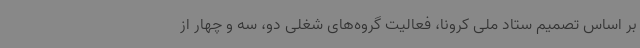
بر اساس تصمیم ستاد ملی کرونا، فعالیت گروه‌های شغلی دو، سه و چهار از